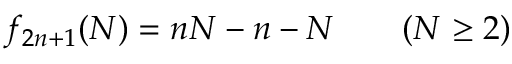
f _ { 2 n + 1 } ( N ) = n N - n - N \qquad ( N \geq 2 )